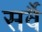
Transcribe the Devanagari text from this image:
सर्वै